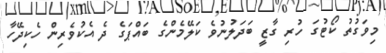
މިވަގުތު ކޯޓުގަ ހުރި ގާޒީ ބަދަލުނުވެ ކަލޭމެންގެ ބައްޕަގެ ދެ އެކުވެރިން ހެކިދޭހާ